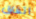
اتفاق